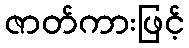
ဇာတ်ကားဖြင့်